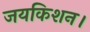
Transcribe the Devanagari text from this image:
जयकिशन।